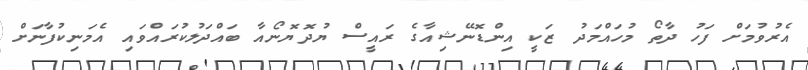
އެރުވުމަށް ފަހު ދާތޯ މުހައްމަދު ޒަކީ އިންޑޮނޭޝިއާގެ ރައީސް ޔުދޮޔޮނޯއާ ބައްދަލުކުރައްވައި އެމަނިކުފާނަށް